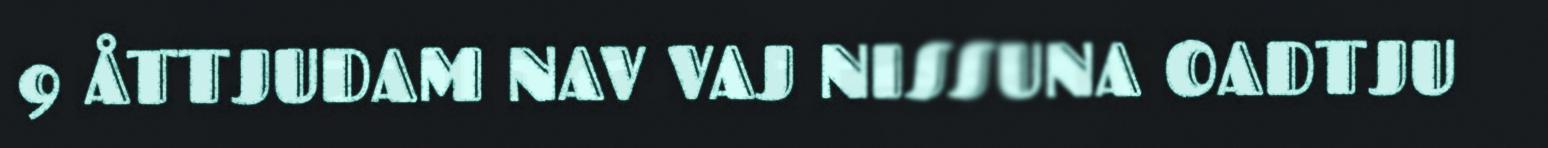
9 ÅTTJUDAM NAV VAJ NISSUNA OADTJU